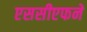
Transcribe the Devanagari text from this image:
एससीएफने